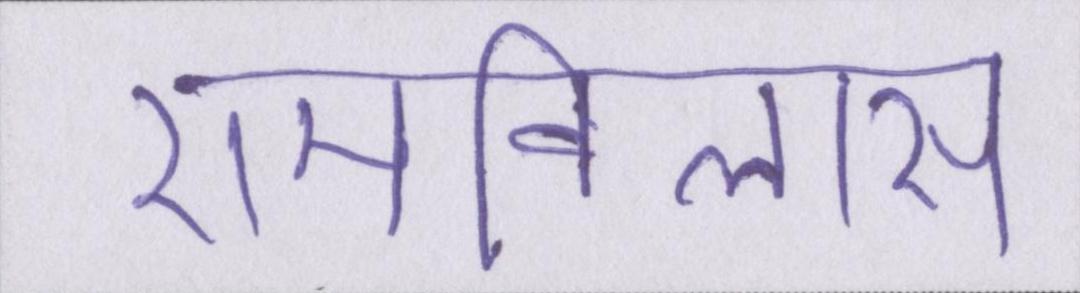
रामविलास